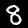
Digit: 8